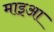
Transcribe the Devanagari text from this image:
माइआ